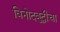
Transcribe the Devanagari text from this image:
विनोदबुद्धीचा